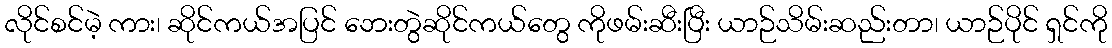
လိုင်စင်မဲ့ ကား၊ ဆိုင်ကယ်အပြင် ဘေးတွဲဆိုင်ကယ်တွေ ကိုဖမ်းဆီးပြီး ယာဉ်သိမ်းဆည်းတာ၊ ယာဉ်ပိုင် ရှင်ကို